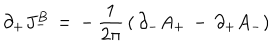
LaTeX: \partial _ { + } J _ { - } ^ { B } \, = \, - \, { \frac { 1 } { 2 \pi } } \, ( \, \partial _ { - } A _ { + } \, - \, \partial _ { + } A _ { - } )